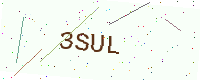
Text: 3SUL